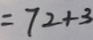
= 7 2 + 3